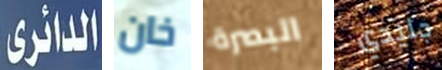
الدائرى خان البصرة جليدي